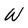
Character: W